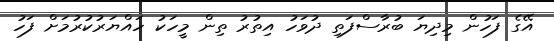
އޭގެ ފަހުން މިދިޔަ ބުރާސްފަތި ދުވަހު އިތުރު ތިން މީހަކު ހައްޔަރުކުރުމަށް ފަހު